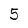
Character: 5